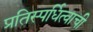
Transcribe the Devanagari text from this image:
प्रतिस्पर्धित्वाची